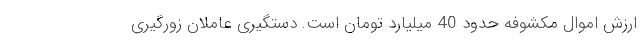
ارزش اموال مکشوفه حدود 40 میلیارد تومان است. دستگیری عاملان زورگیری